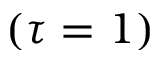
( \tau = 1 )